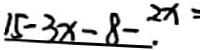
1 5 - 3 x - 8 - 2 x =